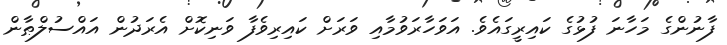
ފާނުންގެ މަހާނަ ފުޅުގެ ކައިރީގައެވެ. އަވަހާރަވުމާއި ވަރަށް ކައިރިވެފާ ވަނިކޮށް އެރަދުން އައްސުލްޠާން